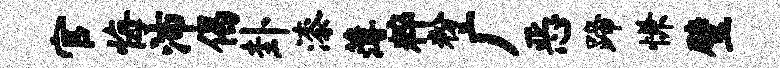
官悔沛偈卦漆薄粹粉广恶蹄慊璧